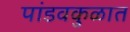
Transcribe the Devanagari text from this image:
पांडवकुळात